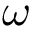
\omega